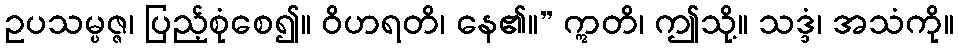
ဥပသမ္ပဇ္ဇ၊ ပြည့်စုံစေ၍။ ဝိဟရတိ၊ နေ၏။” ဣတိ၊ ဤသို့။ သဒ္ဒံ၊ အသံကို။